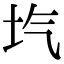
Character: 𡉛